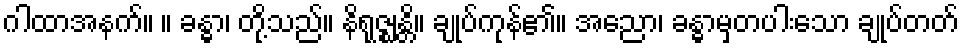
ဂါထာအနက်။ ။ ခန္ဓာ၊ တို့သည်။ နိရုဇ္ဈန္တိ။ ချုပ်ကုန်၏။ အညော၊ ခန္ဓာမှတပါးသော ချုပ်တတ်